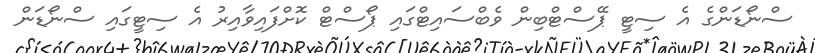
ސްނޯޑަންގެ އެ ސިޓީ ޕޭސްޓްބިން ވެބްސައިޓްގައި ޕޯސްޓް ކޮށްފައިވާއިރު އެ ސިޓީގައި ސްނޯޑަން